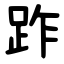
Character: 䟭